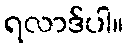
ရလာဒ်ပါ။